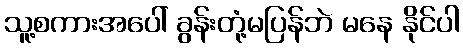
သူ့စကားအပေါ် ခွန်းတုံ့မပြန်ဘဲ မနေ နိုင်ပါ